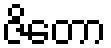
ဇိတော